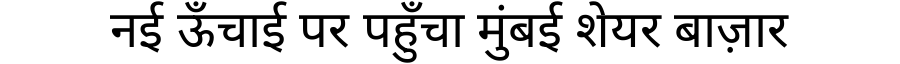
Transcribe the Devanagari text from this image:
नई ऊँचाई पर पहुँचा मुंबई शेयर बाज़ार